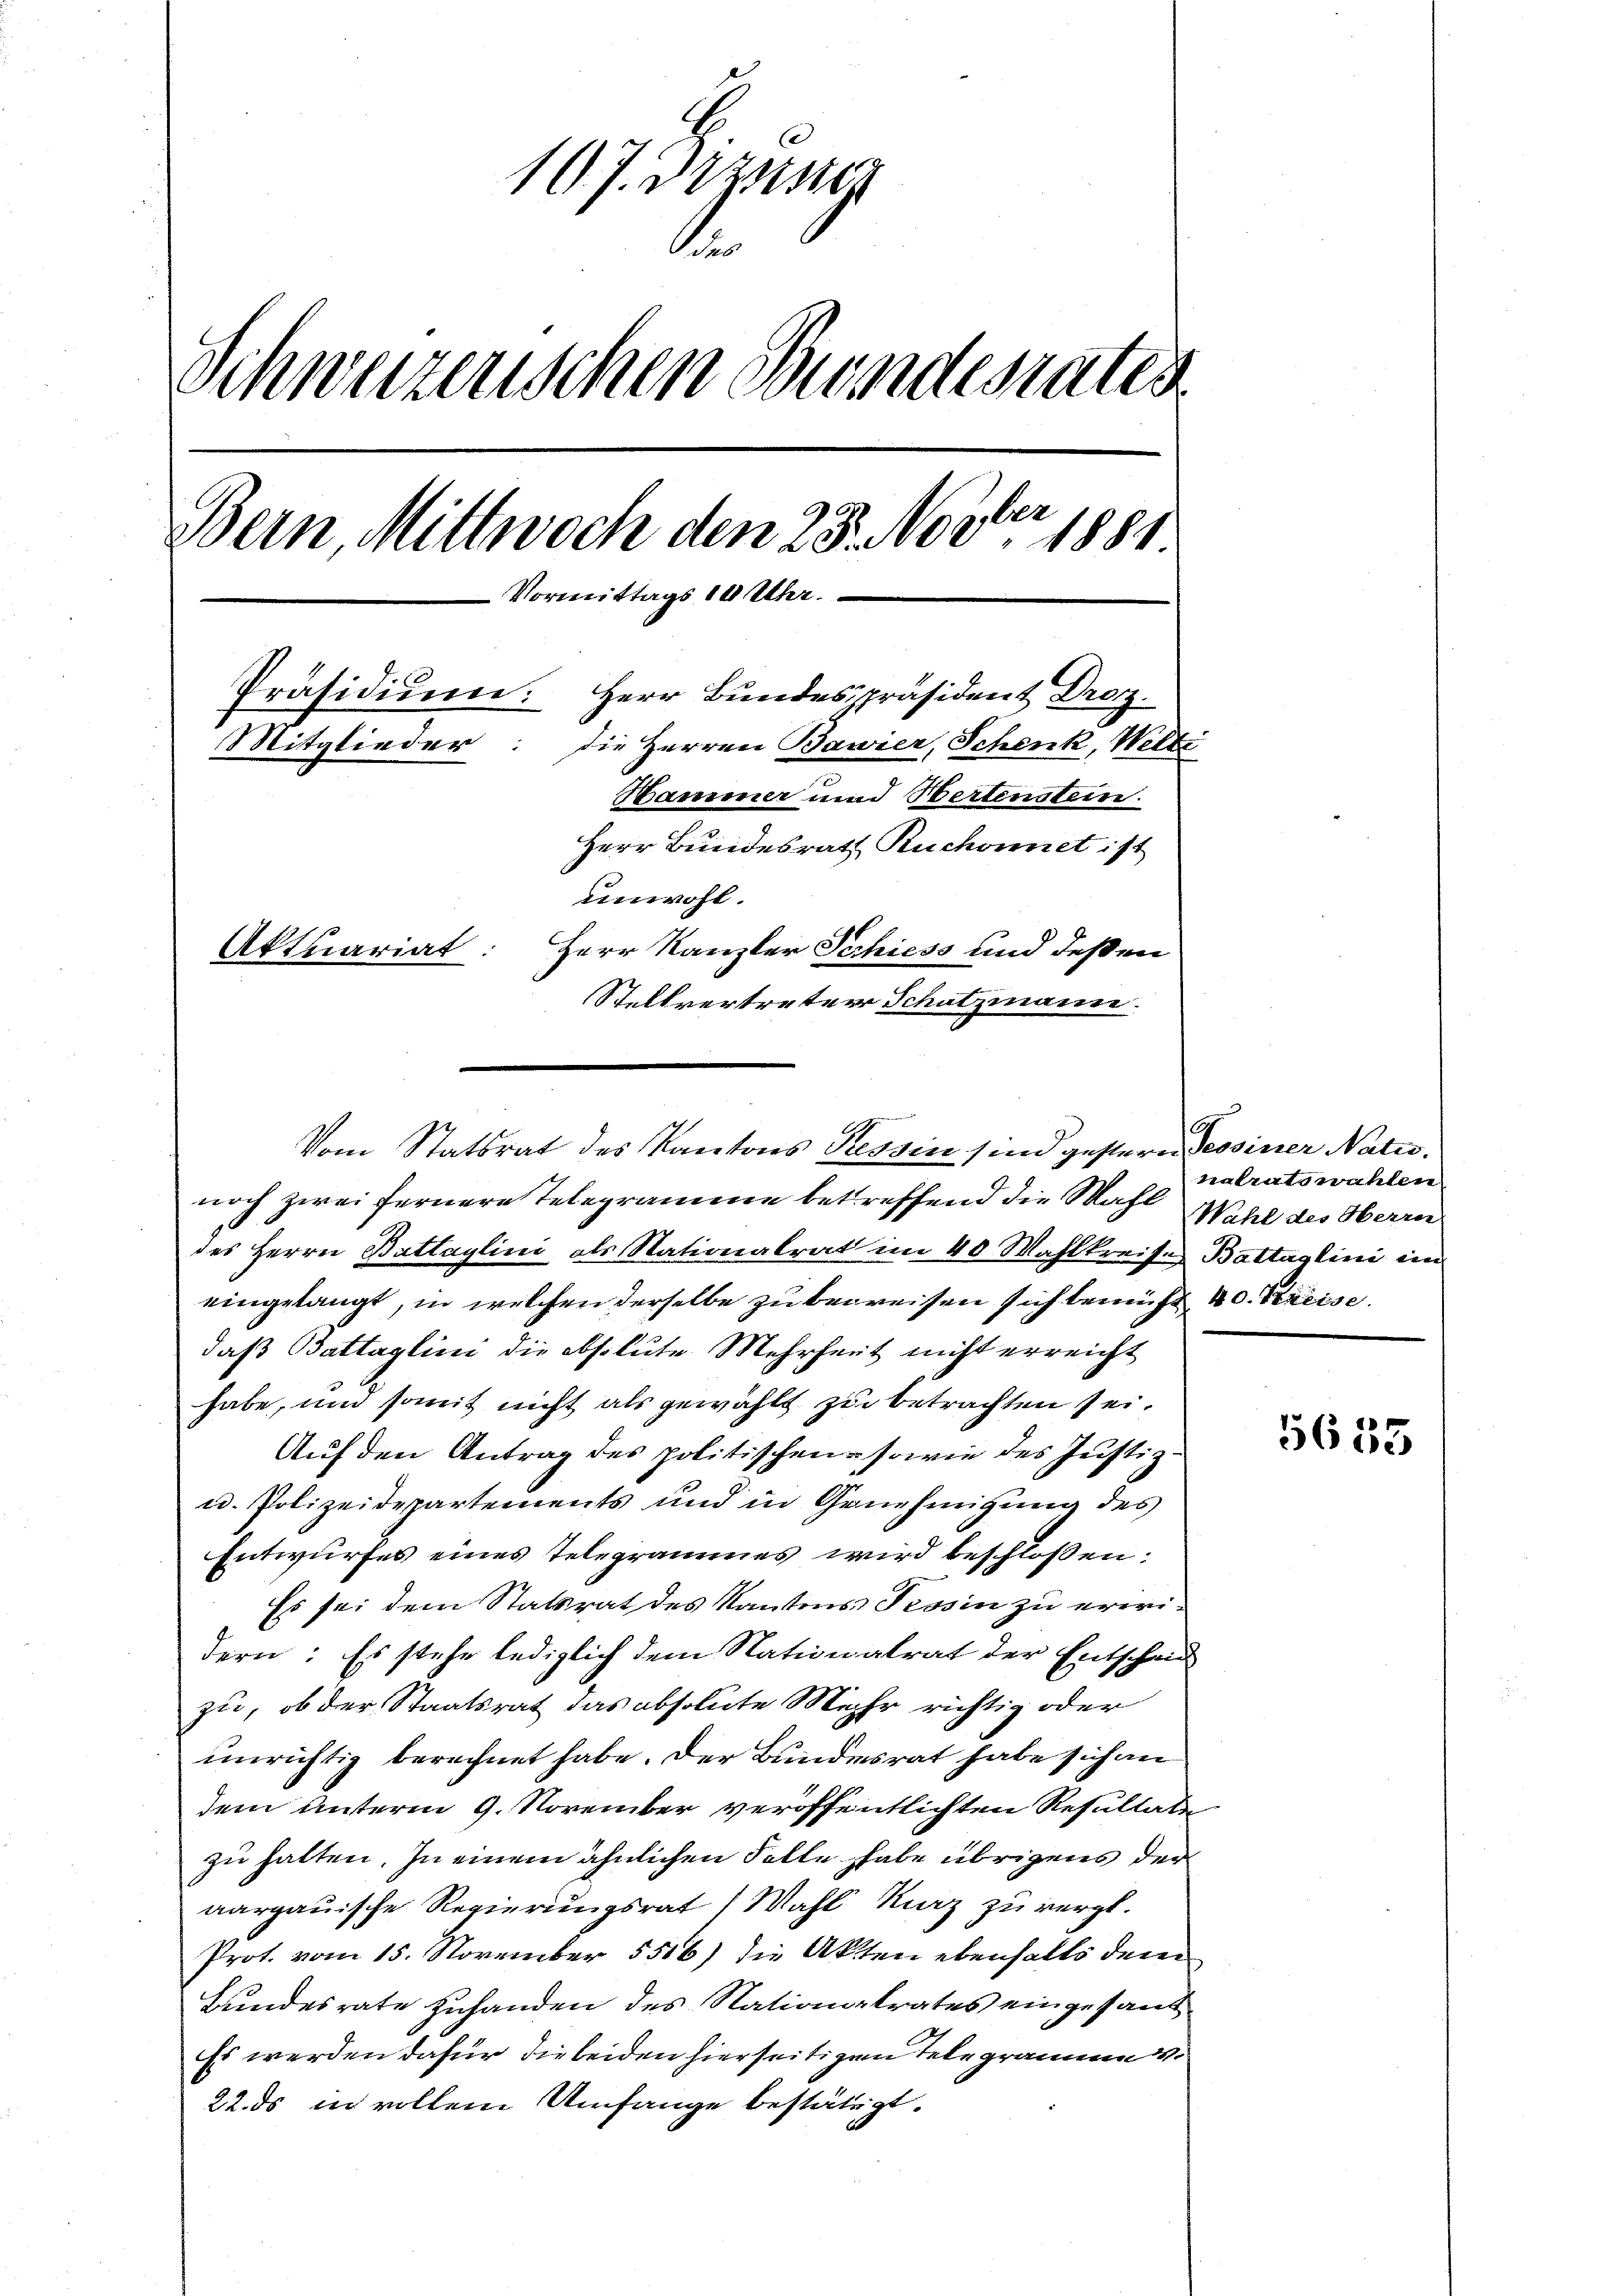
167. Dez
.
Schweizerischen Bundesrates
Bern, Mittwoch den 25. Novber 1881
Vormittags 10 Uhr.
Präsidium. Herr Bundespräsident Droz.
Mitglieder: die Herren Bavier, Schenk, Welti
Hammer und Hertenstein.
Herr Bundesrath Ruchonnet ist
unwohl.
Aktuariat
Herr Kanzler Schiess und deßen
Stellvertreten Schatzmann.

Vom Statsrat des Kantons Tessin sind gestern Tessiner Natur.

noch zwei fernere Telegramme betreffend die Mahl Wahl des Herrn
des Herrn Battaylini, als Stationalrat im 40 Wahlkreises Battaglini im
eingelangt, in welchen derselbe zu beweisen sich bemüht 40. Kreise
daß Battaglini die obsolute Mehrheit nicht erreicht
habe, um somit nicht als gewählt zu betrachten sei.
Auf den Antrag des politischen sowie des Justiz-
u. Polizeidepartements und in Genehmigung des
Entwurfes eines Telegrammes wird beschlossen:
Es sei dem Statsrat des Kantons Tessin zu erwidern: Es stehe lediglich dem Nationalrat der Entschad
zu, ob der Staatsrat das absolute Mehr richtig oder
unrichtig berechnet habe. Der Bundesrat habe sich an
dem unterm 9. November veröffentlichten Resultate
zu halten. In einem ähnlichen Solle habe übrigens der
aargauische Regierungsrat) Mahl Karz zu vergl.
Prot. vom 15. November 5516) die Akten ebenfalls dem
Bundesrate Zuhanden des Nationalrates eingesand¬
Es werden dafür die beiden hierseitigen Telegramme
22. ds in vollem Umfange bestätigt.

nalratswahlen

5655